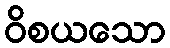
ဝိစယသော